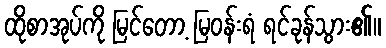
ထိုစာအုပ်ကို မြင်တော့ မြဝန်းရံ ရင်ခုန်သွား၏။